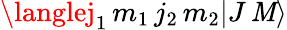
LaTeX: \langlej_{1}\, m_{1}\, j_{2}\, m_{2}|J\, \mathit{M}\rangle